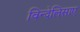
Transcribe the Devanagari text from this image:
विन्देलिसाए